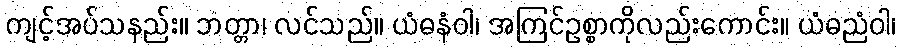
ကျင့်အပ်သနည်း။ ဘတ္တာ၊ လင်သည်။ ယံဓနံဝါ၊ အကြင်ဥစ္စာကိုလည်းကောင်း။ ယံဓညံဝါ၊